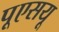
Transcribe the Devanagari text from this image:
पूएसयू